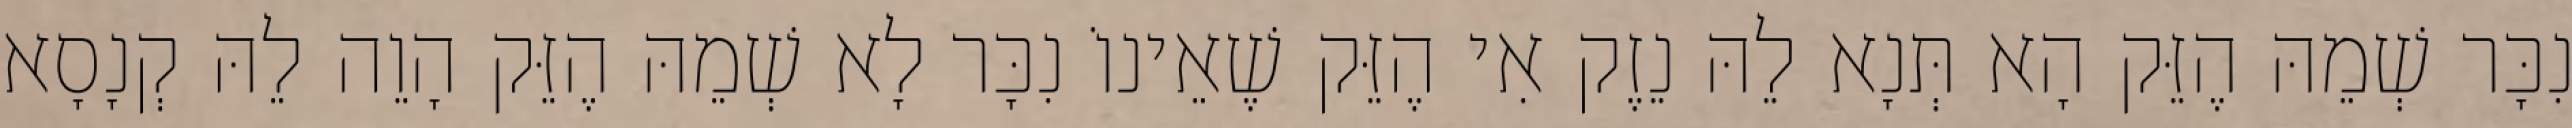
נִכָּר שְׁמֵהּ הֶזֵּק הָא תְּנָא לֵהּ נֵזֶק אִי הֶזֵּק שֶׁאֵינוֹ נִכָּר לָא שְׁמֵהּ הֶזֵּק הָוֵה לֵהּ קְנָסָא